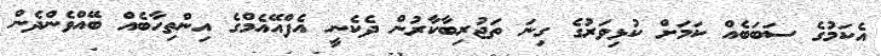
އެކަމުގެ ސަބަބެއް ކަމަށް ކުޅިވަރުގެ ގިނަ ތަޖުރިބާކާރުން ދެކެނީ އެފްއޭއެމްގެ އިންތިހާބެއް ބޭއްވެންދެން